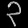
Digit: ၃